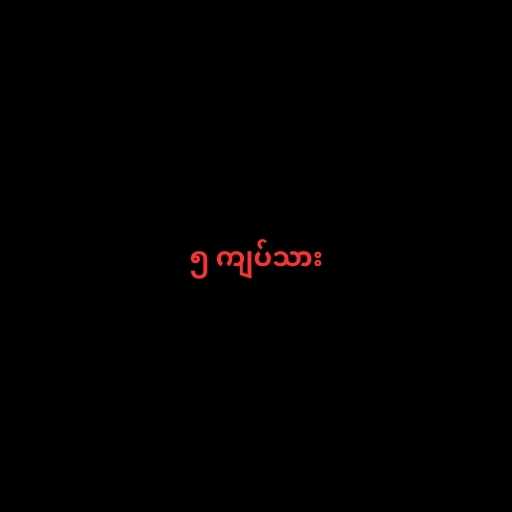
၅ ကျပ်သား